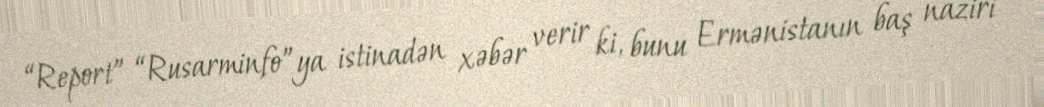
“Report” “Rusarminfo”ya istinadən xəbər verir ki, bunu Ermənistanın baş naziri